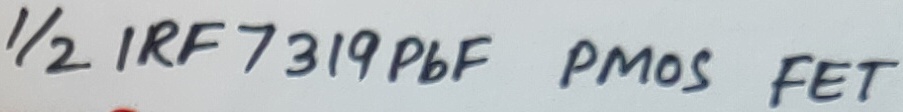
Text: 1/2 IRF 7319PbF PMOS FET